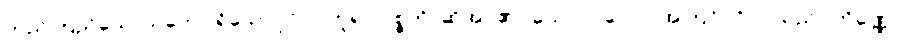
တည်ကြည်သောသဘော ရှိသောပုဂ္ဂိုလ်ဟူ၍။ ဝုစ္စတိ၊ ဆိုအပ်၏။ ယောပုဂ္ဂလော၊ အကြင်ပုဂ္ဂိုလ်သည်။ တိဏ္ဏော၊